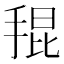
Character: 𭡎